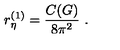
r _ { \eta } ^ { ( 1 ) } = \frac { C ( G ) } { 8 \pi ^ { 2 } } \ .